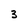
Character: 3